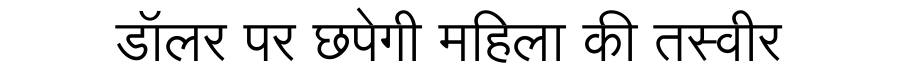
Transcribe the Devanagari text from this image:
डॉलर पर छपेगी महिला की तस्वीर